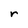
Character: r